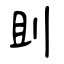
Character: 刞